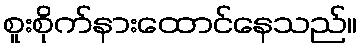
စူးစိုက်နားထောင်နေသည်။